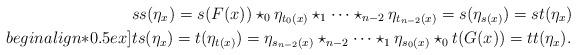
LaTeX: \begin{align*}& ss(\eta_x)= s(F(x)) \star_0 \eta_{t_0(x)} \star_1 \cdots \star_{n-2} \eta_{t_{n-2}(x)} = s(\eta_{s(x)}) = st(\eta_x)\\begin{align*}0.5ex]&ts(\eta_x) = t(\eta_{t(x)}) = \eta_{s_{n-2}(x)} \star_{n-2} \cdots \star_1 \eta_{s_0(x)} \star_0 t(G(x))= tt(\eta_x).\end{align*}